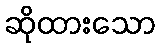
ဆိုထားသော